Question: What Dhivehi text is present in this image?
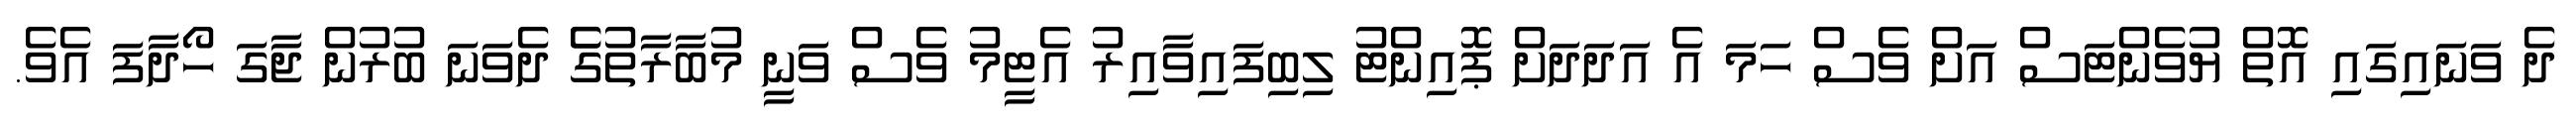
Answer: ދެ ވަނައިގައި އޮތް ޔުވެންޓަސް އަށް ވެސް ހަމަ އެ އަދަދަށް ޕޮއިންޓު ލިބިފައިވާއިރު އެޓީމު ވެސް ވަނީ މުބާރާތުގެެ ދެވަނަ ބުރުން ޖާގަ ހޯދާފަ އެވެ.